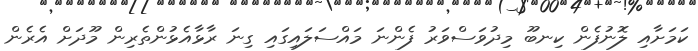
ކަމަށާއި ލޮނުފެން ކިނބޫ މިދުވަސްވަރު ފެންނަ މައްސަލައިގައި ގިނަ ރާޅާއެޅުންތެރިން މޫދަށް އެރެން